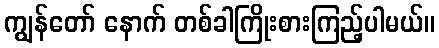
ကျွန်တော် နောက် တစ်ခါကြိုးစားကြည့်ပါမယ်။